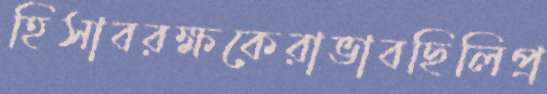
হিসাবরক্ষকেরাভাবছিলিপ্র